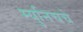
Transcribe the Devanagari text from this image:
म्युनिचचे